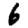
Digit: 6